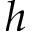
h